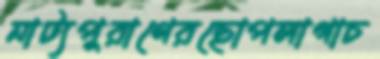
নাট্যপুরাণেরছোপলাগাচ